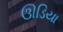
ઊડિયા